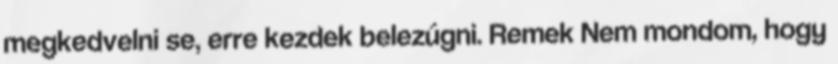
megkedvelni se, erre kezdek belezúgni. Remek Nem mondom, hogy